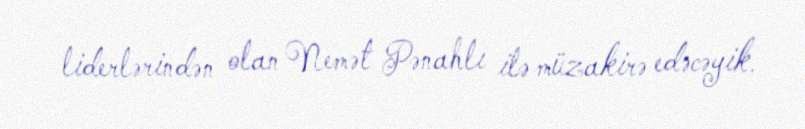
liderlərindən olan Nemət Pənahlı ilə müzakirə edəcəyik.